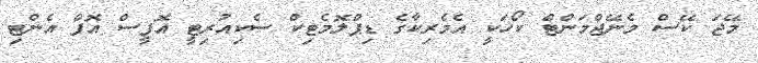
މޭޖަ ކޭސް މެނޭޖްމަންޓް ކޯހަކީ އެމެރިކާގެ ޑިޕްލޮމެޓިކް ސެކިއުރިޓީ އޮފީސް އޮފް އެންޓި